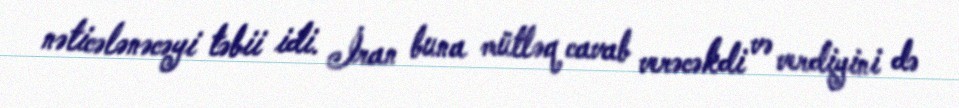
nəticələnəcəyi təbii idi. İran buna mütləq cavab verəcəkdi və verdiyini də